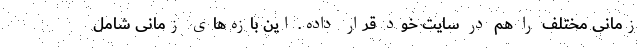
زمانی مختلف را هم در سایت خود قرار داده. این بازه‌های زمانی شامل